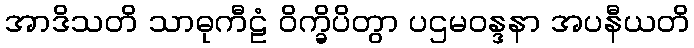
အာဒိသတိ သာဓုကီဠံ ဝိက္ခိပိတွာ ပဌမဝန္ဒနာ အပနီယတိ